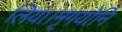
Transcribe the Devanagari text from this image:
लिया।मृगयोनि